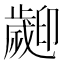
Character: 𣦫